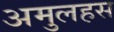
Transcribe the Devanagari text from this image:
अमुलहस